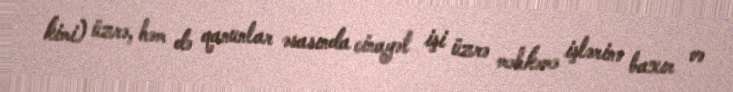
kimi) üzrə, həm də qanunlar əsasında cinayət işi üzrə məhkəmə işlərinə baxır və